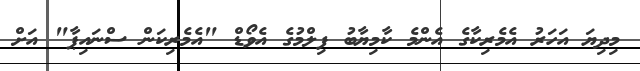
މިދިޔަ އަހަރު އެމެރިކާގެ އެންމެ ކާމިޔާބު ފިލްމުގެ އެވޯޑް "އެމެރިކަން ސްނައިޕާ" އަށް